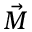
\vec { M }